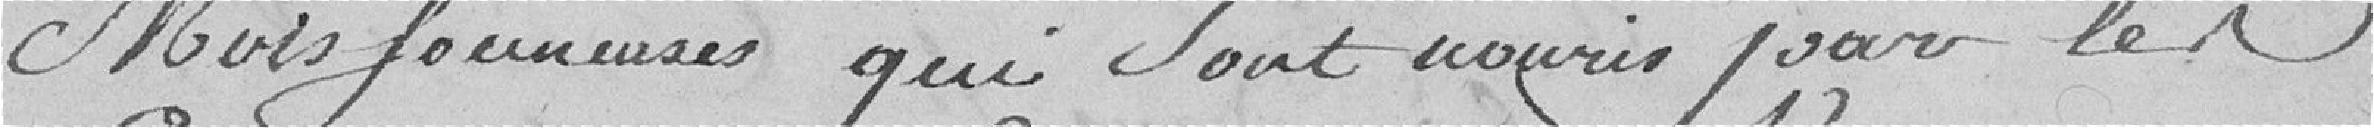
moissonneuses qui sont nourris par les